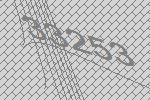
33253